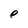
Character: e